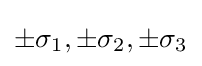
\pm \sigma _{1},\pm \sigma _{2},\pm \sigma _{3}\,\!